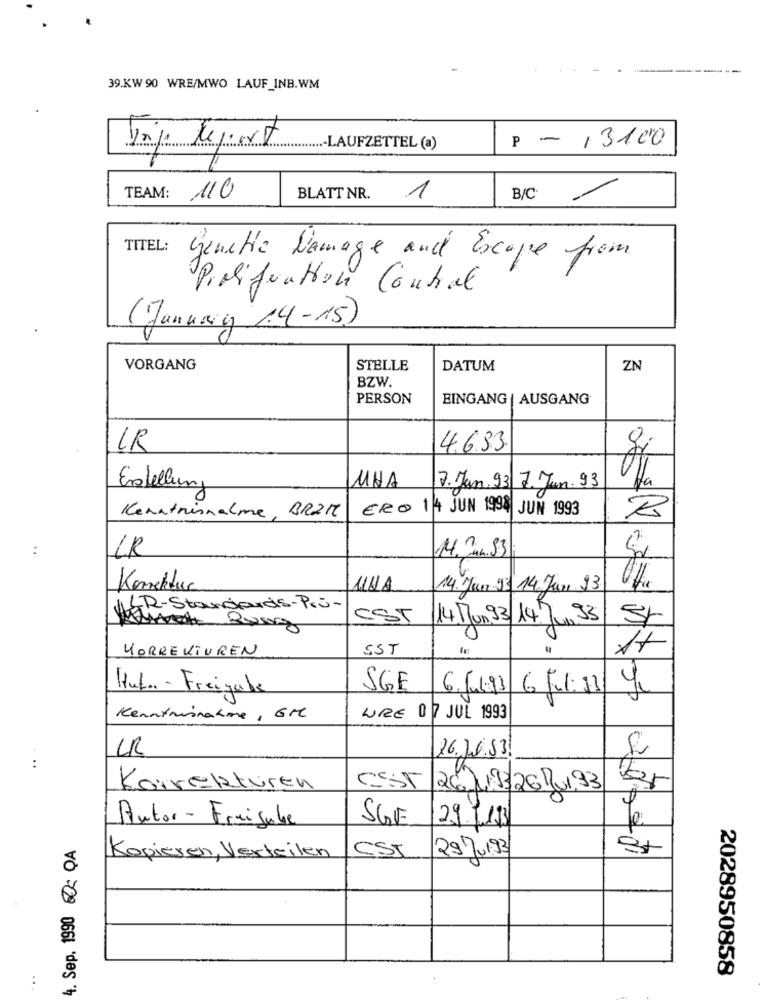
39.KW 90 WRE/MWO LAUF_INB.WM
P - 13100
Vaje Report
.- LAUFZETTEL (a)
TEAM:
110
BLATT NR.
1
B/C: /
TITEL:
Genette Damage and Escape from
Proliferation Contral
(January 14-15)
VORGANG
STELLE
DATUM
ZN
BZW.
PERSON
EINGANG | AUSGANG
IR
4.633
gi
Erstellung
UHA
7. Jan.93 7. Jun. 93
Kenntnisnahme, BR2M
ERO 14 JUN 1994 JUN 1993
:
CR
14.Jun. 53
Korrektur
14. Jun 13 14.Jun 23
ULR-Standards-Pri-
CST
14 Mun 93/14 Jun 3
KORREKTUREN
SST
0 =
4
Huf .. - Freigabe
SGE
6.Jul93 6 Jul: 13
Kenntnisnahme , GM
LIRE 07 JUL 1993
UR
26.20.53.
:
Korrekturen
CEST
26JuBB26RUI93
Er
SGV
29.1.13
Autor - Freigabe
4. Sep. 1990 - QA
St
Kopieren, Verteilen
CSI
29Ju193
2028950858
..